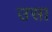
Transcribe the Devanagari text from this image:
उसा